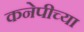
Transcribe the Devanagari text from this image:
कनेपीच्या